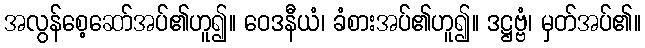
အလွန်စေ့ဆော်အပ်၏ဟူ၍။ ဝေဒနီယံ၊ ခံစားအပ်၏ဟူ၍။ ဒဋ္ဌဗ္ဗံ၊ မှတ်အပ်၏။